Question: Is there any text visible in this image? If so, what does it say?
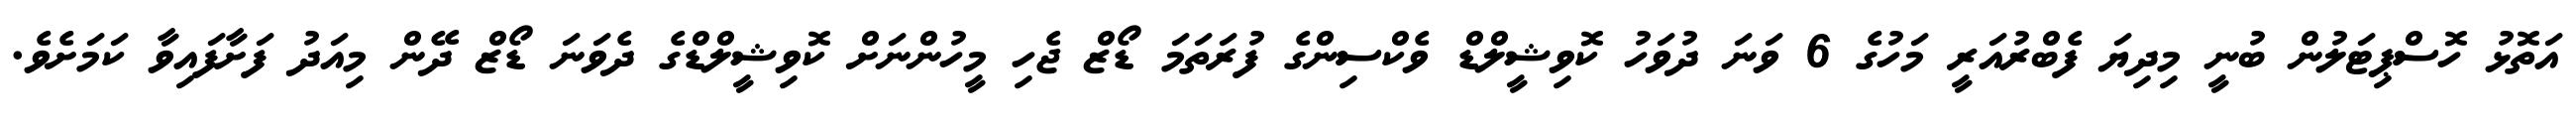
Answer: އަތޮޅު ހޮސްޕިޓަލުން ބުނީ މިދިޔަ ފެބްރުއަރީ މަހުގެ 6 ވަނަ ދުވަހު ކޮވިޝީލްޑް ވެކްސިންގެ ފުރަތަމަ ޑޯޒް ޖެހި މީހުންނަށް ކޮވިޝީލްޑްގެ ދެވަނަ ޑޯޒް ދޭން މިއަދު ފަށާފައިވާ ކަމަށެވެ.